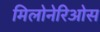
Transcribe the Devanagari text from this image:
मिलोनेरिओस